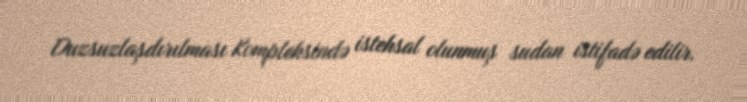
Duzsuzlaşdırılması Kompleksində istehsal olunmuş sudan istifadə edilir.